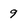
Character: 9